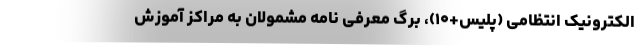
الکترونیک انتظامی (پلیس+۱۰)، برگ معرفی نامه مشمولان به مراکز آموزش